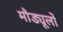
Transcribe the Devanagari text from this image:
मौड्यूलों